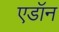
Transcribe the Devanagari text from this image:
एडॉन